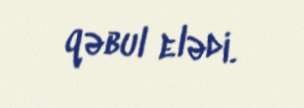
qəbul elədi.